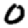
Digit: 0